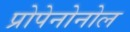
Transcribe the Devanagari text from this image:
प्रोपेनोनोल